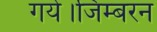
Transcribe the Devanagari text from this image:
गये।जिम्बरन